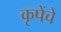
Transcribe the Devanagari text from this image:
कृपेंचे